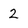
Character: 2